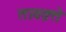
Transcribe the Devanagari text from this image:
तावक़्ते